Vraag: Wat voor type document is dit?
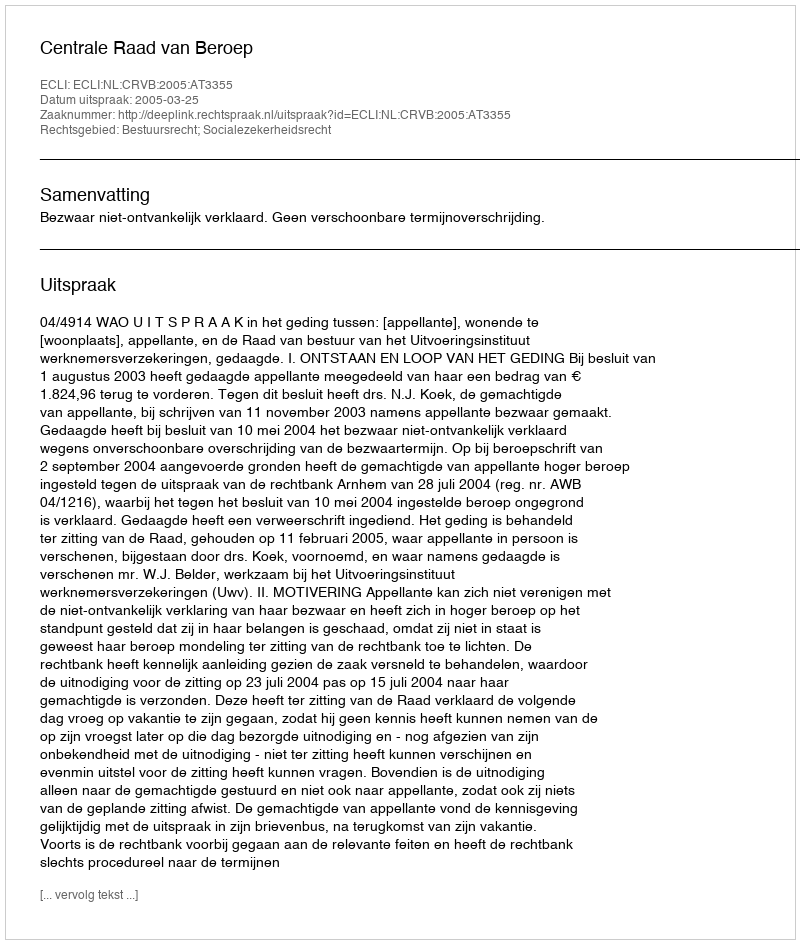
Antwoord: Uitspraak